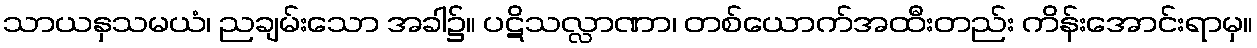
သာယနှသမယံ၊ ညချမ်းသော အခါ၌။ ပဋိသလ္လာဏာ၊ တစ်ယောက်အထီးတည်း ကိန်းအောင်းရာမှ။